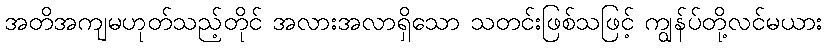
အတိအကျမဟုတ်သည့်တိုင် အလားအလာရှိသော သတင်းဖြစ်သဖြင့် ကျွန်ပ်တို့လင်မယား